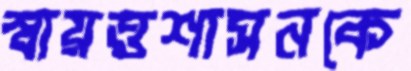
স্বায়ত্তশাসনকে